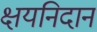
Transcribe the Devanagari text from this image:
क्षयनिदान